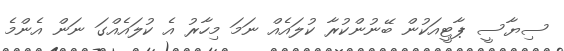
ސިޔާސީ ޕާޓީއަކުން ބޭނުންކުރާ ކުލައެއް ނަމަ މިހާރު އެ ކުލައެއްގަ ނަން އެންމެ